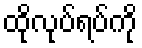
ထိုလုပ်ရပ်ကို